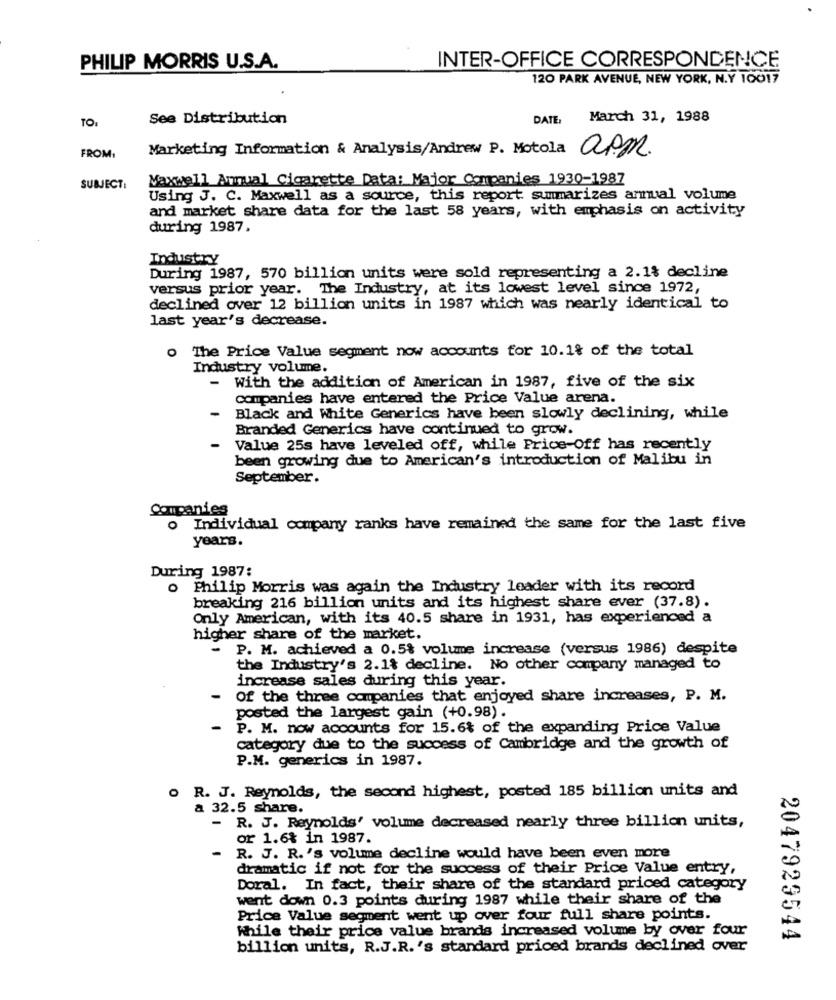
PHILIP MORRIS U.S.A.
INTER-OFFICE CORRESPONDENCE
120 PARK AVENUE, NEW YORK, N.Y 10017
TO:
See Distribution
DATE:
March 31, 1988
Marketing Information & Analysis/Andrew P. Motola apm.
FROM:
Maxwell Annual Cigarette Data: Major Companies 1930-1987
SUBJECT:
Using J. C. Maxwell as a source, this report summarizes annual volume
and market share data for the last 58 years, with emphasis on activity
during 1987.
Industry
During 1987, 570 billion units were sold representing a 2.1% decline
versus prior year. The Industry, at its lowest level since 1972,
declined over 12 billion units in 1987 which was nearly identical t
last year's decrease.
o The Price Value segment now accounts for 10.1% of the total
Industry volume.
With the addition of American in 1987, five of the six
companies have entered the Price Value arena.
-
Black and White Generics have been slowly declining, while
Branded Generics have continued to grow.
-
Value 25s have leveled off, while Price-Off has recently
been growing due to American's introduction of Malibu in
September.
Companies
o Individual company ranks have remained the same for the last five
years.
During 1987:
o Philip Morris was again the Industry leader with its record
breaking 216 billion units and its highest share ever (37.8).
Only American, with its 40.5 share in 1931, has experienced a
higher share of the market.
- P. M. achieved a 0.5% volume increase (versus 1986) despite
the Industry's 2.1% decline. No other company managed to
increase sales during this year.
-
Of the three companies that enjoyed share increases, P. M.
posted the largest gain (+0.98).
-
P. M. now accounts for 15.6% of the expanding Price Value
category due to the success of Cambridge and the growth of
P.M. generics in 1987.
R. J. Reynolds, the second highest, posted 185 billion units and
a 32.5 share.
R. J. Reynolds' volume decreased nearly three billion units,
or 1.6% in 1987.
-
R. J. R. 's volume decline would have been even more
dramatic if not for the success of their Price Value entry,
Doral. In fact, their share of the standard priced category
went down 0.3 points during 1987 while their share of the
Price Value segment went up over four full share points.
While their price value brands increased volume by over four
2047929544
billion units, R.J.R. 's standard priced brands declined over